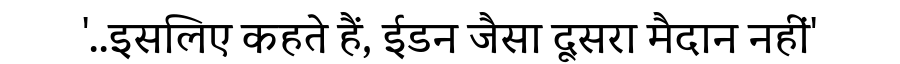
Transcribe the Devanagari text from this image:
'..इसलिए कहते हैं, ईडन जैसा दूसरा मैदान नहीं'